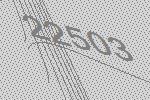
22503